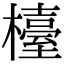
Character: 檯